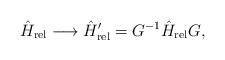
LaTeX: \begin{align*}\hat H_{\rm rel} \longrightarrow \hat H_{\rm rel}^\prime =G^{-1} \hat H_{\rm rel} G,\end{align*}